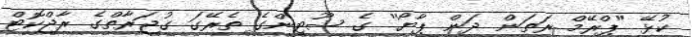
ކުޅޭ ''ޕްރޭމް ރަތަން ދަން ޕާޔޯ'' ގެ ޝޫޓިންގެ ތެރޭގަ ގުޖަރާތްގެ ރާޖްކޮޓް